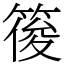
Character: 䈗